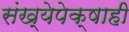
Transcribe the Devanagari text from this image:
संख्येपेक्षाही